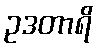
ဥဒတာရိ